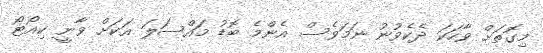
މިގޮތަށް ވާހަކަ ދެކެވުނު ނަމަވެސް އެންމެ ބޮޑު މައްސަލަ އަކަށް ވާނީ ކިއޯޓޯ